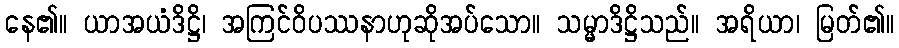
နေ၏။ ယာအယံဒိဋ္ဌိ၊ အကြင်ဝိပဿနာဟုဆိုအပ်သော။ သမ္မာဒိဋ္ဌိသည်။ အရိယာ၊ မြတ်၏။